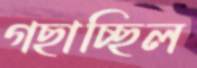
গছাচ্ছিল